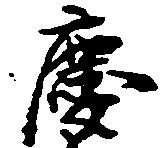
慶